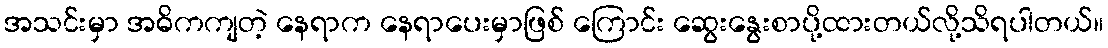
အသင်းမှာ အဓိကကျတဲ့ နေရာက နေရာပေးမှာဖြစ် ကြောင်း ဆွေးနွေးစာပို့ထားတယ်လို့သိရပါတယ်။